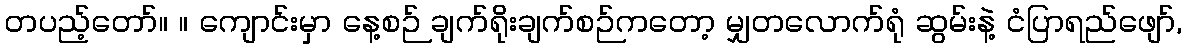
တပည့်တော်။ ။ ကျောင်းမှာ နေ့စဉ် ချက်ရိုးချက်စဉ်ကတော့ မျှတလောက်ရုံ ဆွမ်းနဲ့ ငံပြာရည်ဖျော်,